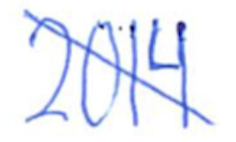
Text: 2014
Cross-out: diagonal
Writing tool: ballpoint